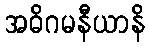
အဓိဂမနီယာနိ